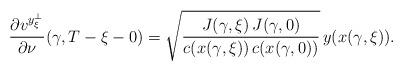
LaTeX: \begin{align*}\frac {\partial v^{y_\xi^\bot}} {\partial \nu} (\gamma ,T-\xi -0)=\sqrt { \frac {J(\gamma ,\xi )\,J(\gamma ,0)}{c(x(\gamma ,\xi ))\,c(x(\gamma ,0)) }}\,y(x(\gamma ,\xi )).\end{align*}